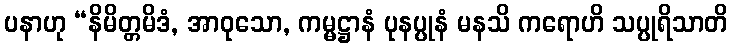
ပနာဟု “နိမိတ္တမိဒံ, အာဝုသော, ကမ္မဋ္ဌာနံ ပုနပ္ပုနံ မနသိ ကရောဟိ သပ္ပုရိသာတိ